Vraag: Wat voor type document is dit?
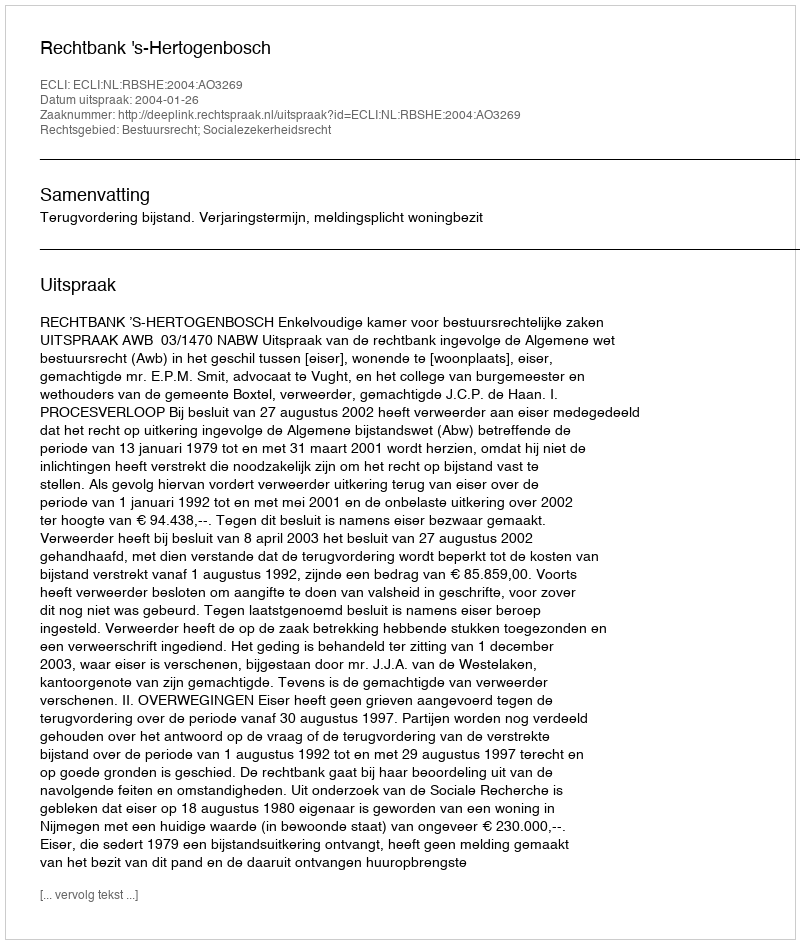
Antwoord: Uitspraak